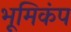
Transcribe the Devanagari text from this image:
भूमिकंप